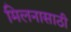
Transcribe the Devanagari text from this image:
मिलनासाठी